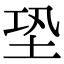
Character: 𡊼